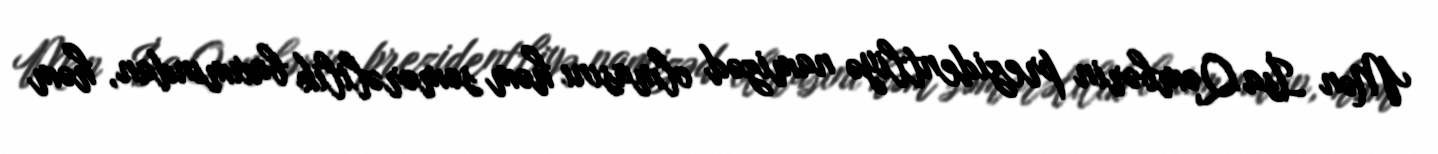
Mən İsa Qəmbərin prezidentliyə namizəd olmasını həm səmərəlilik baxımından, həm